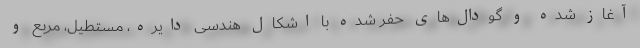
آغاز شده و گودال‌های حفر شده با اشکال هندسی دایره، مستطیل، مربع و